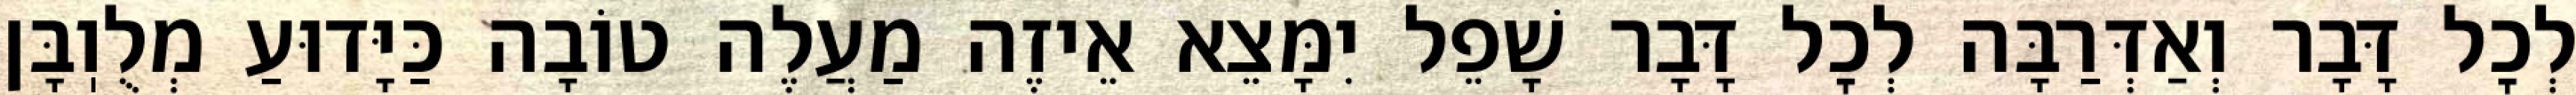
לְכׇל דָּבָר וְאַדְּרַבָּה לְכׇל דָּבָר שָׁפֵל יִמָּצֵא אֵיזֶה מַעֲלֶה טוֹבָה כַּיָּדוּעַ מְלֻוֽבָּן